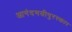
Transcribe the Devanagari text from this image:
आनंदमयीपुरस्कार